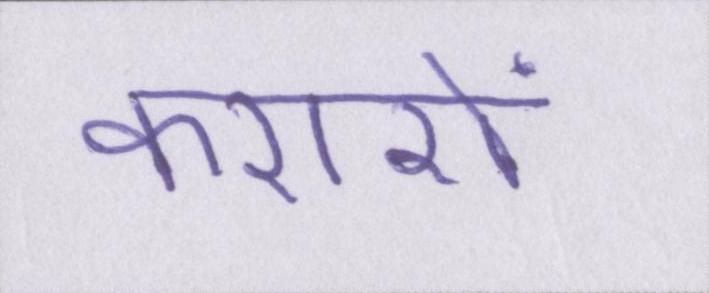
करारों